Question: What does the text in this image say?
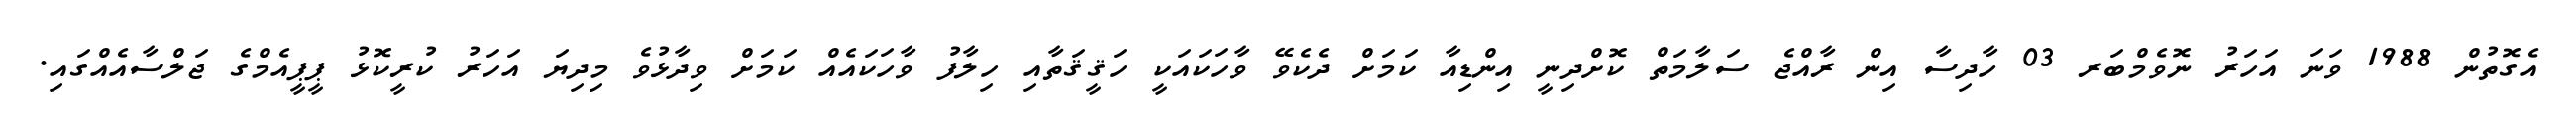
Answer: އެގޮތުން 1988 ވަނަ އަހަރު ނޮވެމްބަރ 03 ހާދިސާ އިން ރާއްޖެ ސަލާމަތް ކޮށްދިނީ އިންޑިއާ ކަމަށް ދެކެވޭ ވާހަކައަކީ ހަޤީޤަތާއި ހިލާފު ވާހަކައެއް ކަމަށް ވިދާޅުވެ މިދިޔަ އަހަރު ކުރީކޮޅު ޕީޕީއެމްގެ ޖަލްސާއެއްގައި.